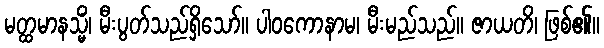
မတ္ထမာနသ္မိံ၊ မီးပွတ်သည်ရှိသော်။ ပါဝကောနာမ၊ မီးမည်သည်။ ဇာယတိ၊ ဖြစ်၏။